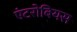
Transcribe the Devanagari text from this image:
एंटरोबियस